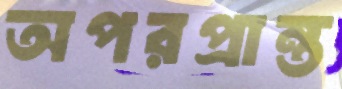
অপরপ্রান্ত